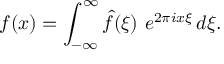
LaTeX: f ( x ) = \int _ { - \infty } ^ { \infty } { \widehat { f } } ( \xi ) \ e ^ { 2 \pi i x \xi } \, d \xi .